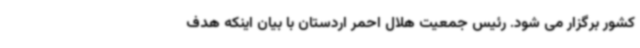
کشور برگزار می شود. رئیس جمعیت هلال احمر اردستان با بیان اینکه هدف